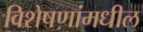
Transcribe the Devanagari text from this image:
विशेषणांमधील